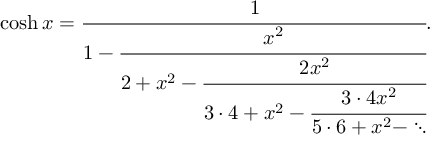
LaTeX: \cosh x = { \cfrac { 1 } { 1 - { \cfrac { x ^ { 2 } } { 2 + x ^ { 2 } - { \cfrac { 2 x ^ { 2 } } { 3 \cdot 4 + x ^ { 2 } - { \cfrac { 3 \cdot 4 x ^ { 2 } } { 5 \cdot 6 + x ^ { 2 } - \ddots } } } } } } } } .